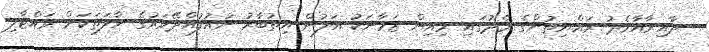
ދާއިރާއާމެދު ރައްޔިތުންގެ މެދުގައި މިއިން ޒަމާނަކު އަލުން އިތުބާރު ނުއުފުއްދޭވަރުގެ ހާލަތަކަށް ވައްޓާލި